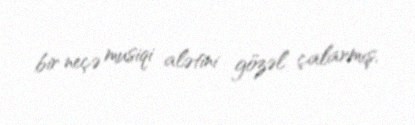
bir neçə musiqi alətini gözəl çalarmış.